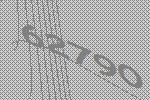
62790